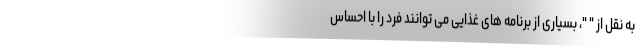
به نقل از " "، بسیاری از برنامه های غذایی می توانند فرد را با احساس